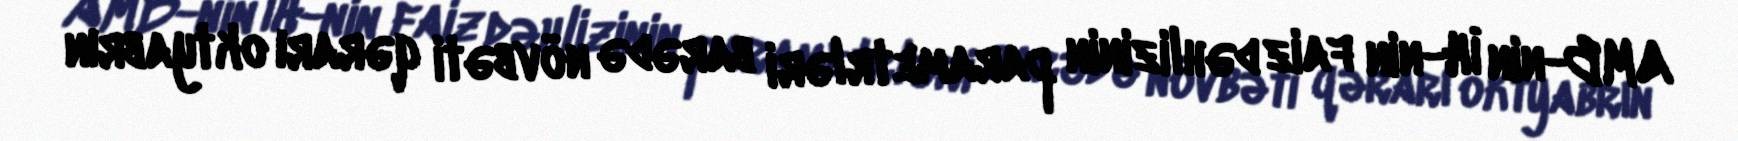
AMB-nin İH-nin faiz dəhlizinin parametrləri barədə növbəti qərarı oktyabrın